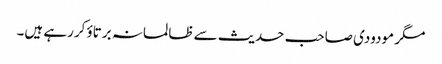
مگر مودودی صاحب حدیث سے ظالمانہ برتاؤ کررہے ہیں۔